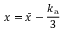
x = \bar { x } - \frac { k _ { \mathrm { a } } } { 3 }